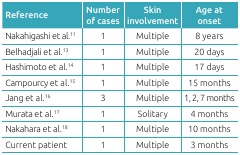
<table><thead><tr><td><b>Reference</b></td><td><b>Number of cases</b></td><td><b>Skin involvement</b></td><td><b>Age at onset </b></td></tr></thead><tbody><tr><td>Nakahigashi et al.<sup>11</sup></td><td>1</td><td>Multiple</td><td>8 years</td></tr><tr><td>Belhadjali et al.<sup>13</sup></td><td>1</td><td>Multiple</td><td>20 days</td></tr><tr><td>Hashimoto et al.<sup>14</sup></td><td>1</td><td>Multiple</td><td>17 days</td></tr><tr><td>Campourcy et al.<sup>15</sup></td><td>1</td><td>Multiple</td><td>15 months</td></tr><tr><td>Jang et al.<sup>16</sup></td><td>3</td><td>Multiple</td><td>1, 2, 7 months</td></tr><tr><td>Murata et al.<sup>17</sup></td><td>1</td><td>Solitary</td><td>4 months</td></tr><tr><td>Nakahara et al.<sup>18</sup></td><td>1</td><td>Multiple</td><td>10 months</td></tr><tr><td>Current patient</td><td>1</td><td>Multiple</td><td>3 months</td></tr></tbody></table>